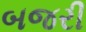
બજરી